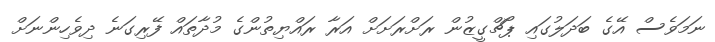
ނަމަވެސް އޭގެ ބަދަލުގައި ޕޯޗްގީޒުން ރަށްރަށަށް އަރާ ރައްޔިތުންގެ މުދާތައް ފޭރިގަނެ ދިވެހިންނަށް